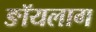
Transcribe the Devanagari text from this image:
ङॉयलाग